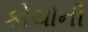
કોચોની